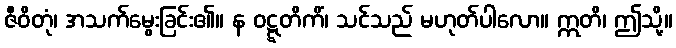
ဇီဝိတုံ၊ အသက်မွေးခြင်း၏။ န ဝဋ္ဋတိကိံ၊ သင်သည် မဟုတ်ပါလော။ ဣတိ၊ ဤသို့။